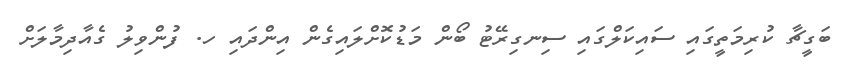
ބަގީޗާ ކުރިމަތީގައި ސައިކަލްގައި ސިނގިރޭޓު ބޯން މަޑުކޮށްލައިގެން އިންދައި ހ. ފުންވިލު ގެއާދިމާލަށް